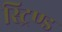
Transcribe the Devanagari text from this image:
स्ट्रिण्ड